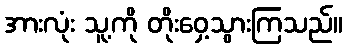
အားလုံး သူ့ကို တိုးဝှေ့သွားကြသည်။